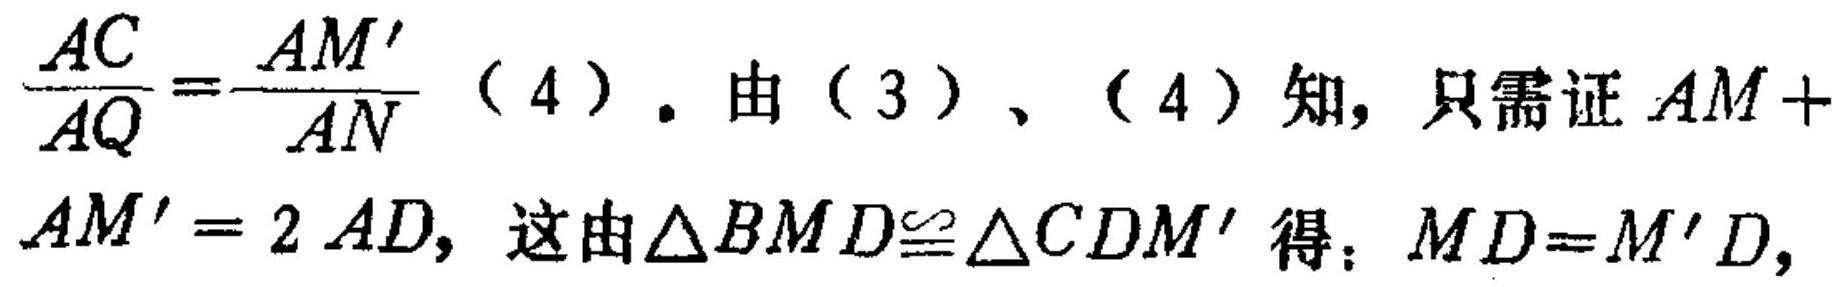
$\frac{AC}{AQ}=\frac{AM'}{AN}$（4）. 由（3）、（4）知, 只需证$AM +
AM' = 2AD$, 这由$\triangle BMD\cong\triangle CDM'$得：$MD = M'D$,